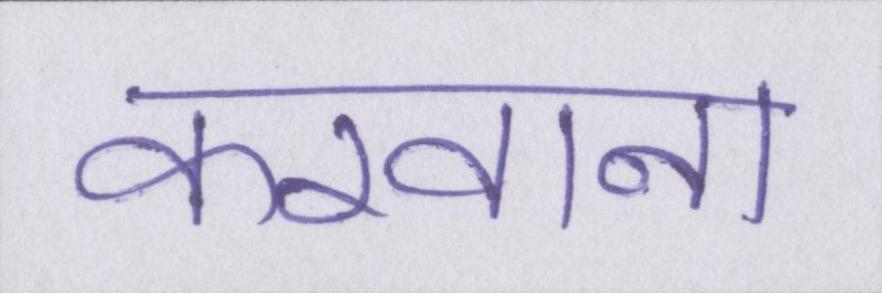
करवाना